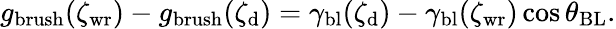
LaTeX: g_{\mathrm{brush}}({\zeta_{\mathrm{wr}}})-g_{\mathrm{brush}}({\zeta_{\mathrm{d}}})=\gamma_{\mathrm{bl}}(\zeta_{\mathrm{d}})-\gamma_{\mathrm{bl}}(\zeta_{\mathrm{wr}})\cos{\theta_{\mathrm{BL}}}.